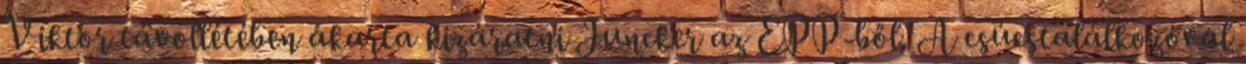
Viktor távollétében akarta kizáratni Juncker az EPP-ből. A csúcstalálkozóval